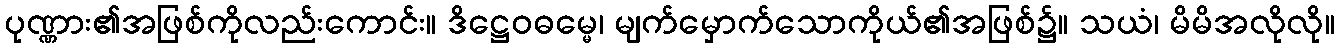
ပုဏ္ဏား၏အဖြစ်ကိုလည်းကောင်း။ ဒိဋ္ဌေဝဓမ္မေ၊ မျက်မှောက်သောကိုယ်၏အဖြစ်၌။ သယံ၊ မိမိအလိုလို။